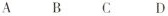
A B C D